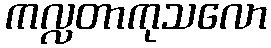
ကလ္လတာကုသလော